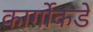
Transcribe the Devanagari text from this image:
कार्गोकडे